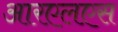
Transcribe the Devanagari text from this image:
आरएलएस